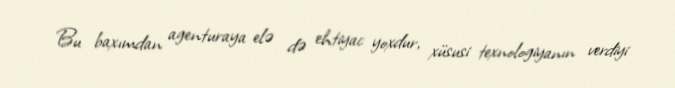
Bu baxımdan agenturaya elə də ehtiyac yoxdur, xüsusi texnologiyanın verdiyi